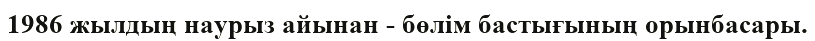
1986 жылдың наурыз айынан - бөлім бастығының орынбасары.